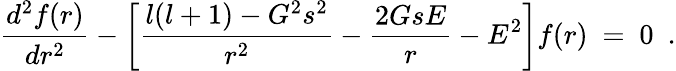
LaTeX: {\frac{d^{2}f(r)}{dr^{2}}}-\left[{\frac{l(l+1)-G^{2}s^{2}}{r^{2}}}-{\frac{2GsE}{r}}-E^{2}\right]f(r)~=~0~~.